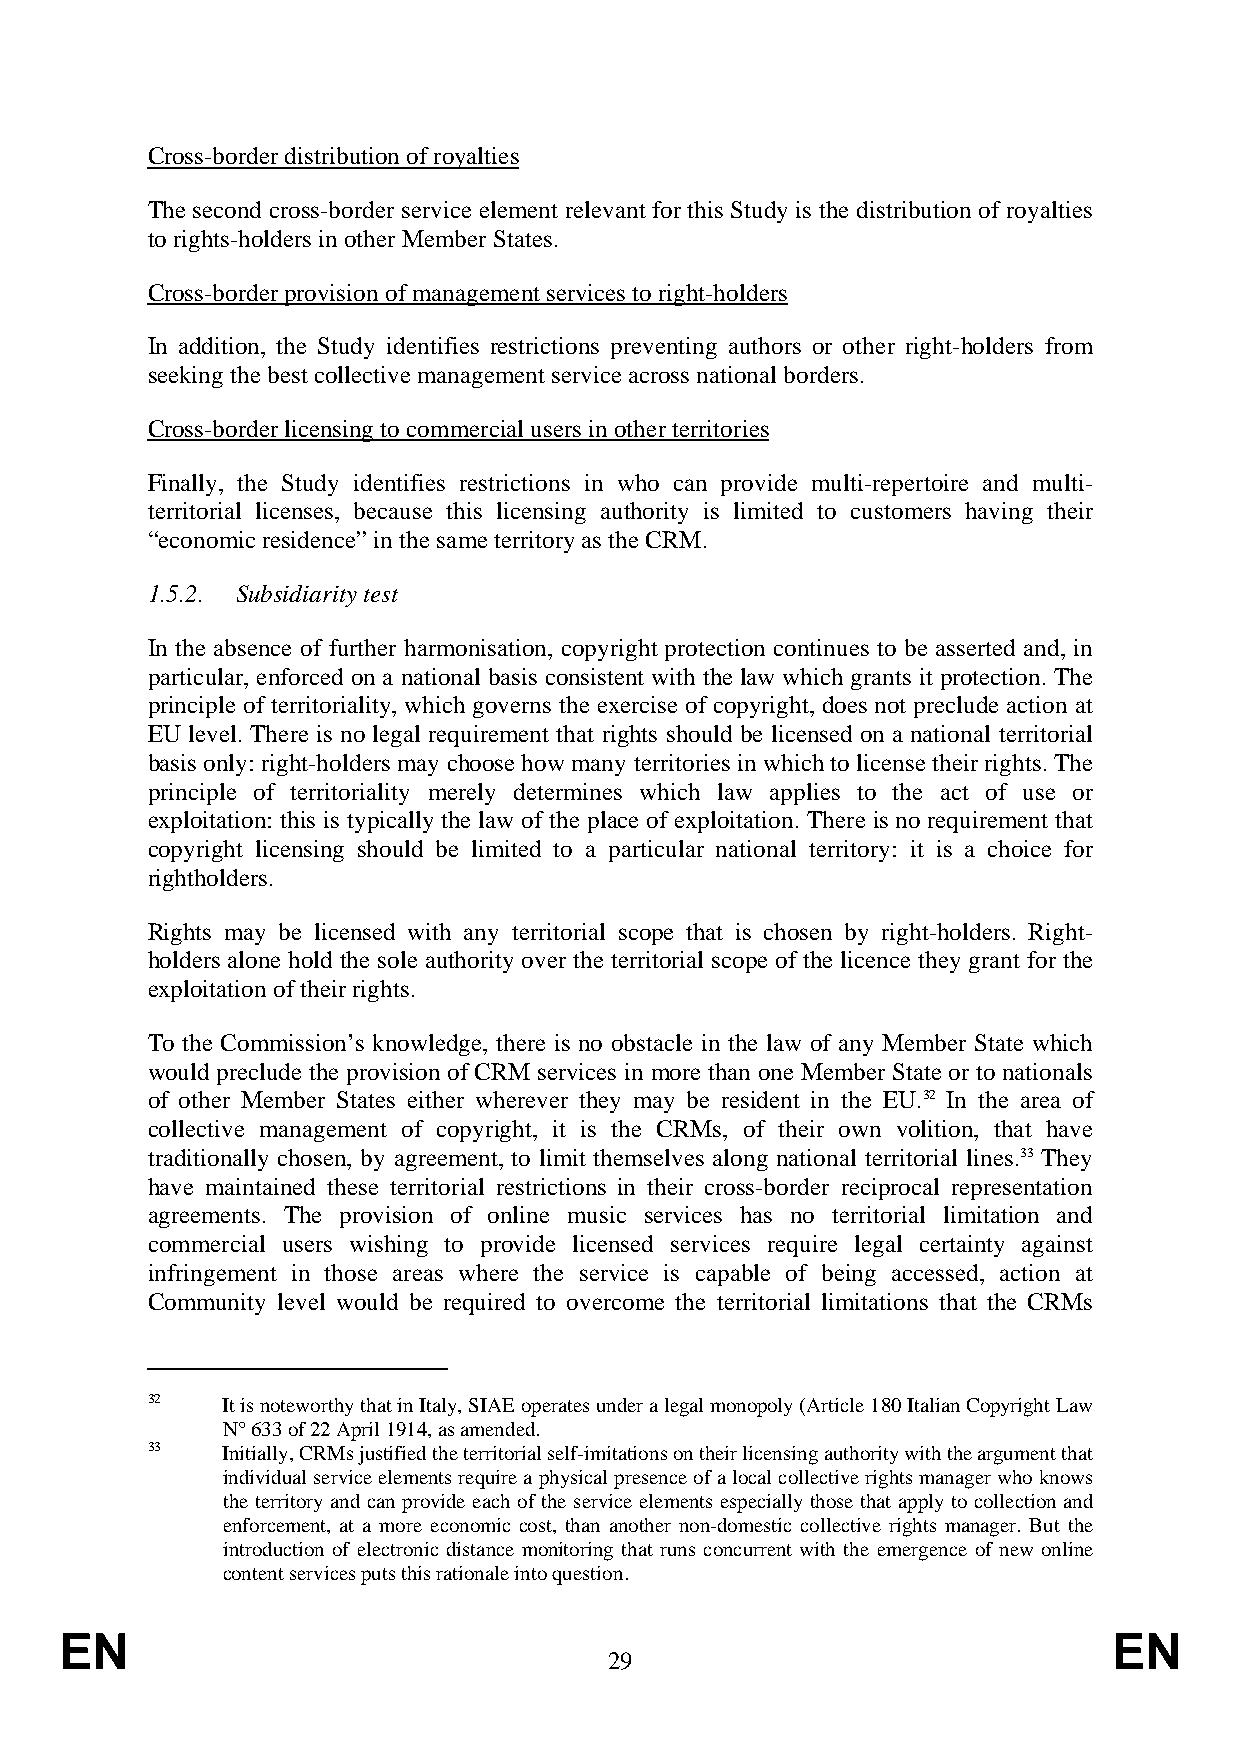
Cross-border distribution of royalties
 The second cross-border service element relevant for this Study is the distribution of royalties
 to rights-holders in other Member States.
 Cross-border provision of management services to right-holders
 In addition, the Study identifies restrictions preventing authors or other right-holders from
 seeking the best collective management service across national borders.
 Cross-border licensing to commercial users in other territories
 Finally, the Study identifies restrictions in who can provide multi-repertoire and multi-
 territorial licenses, because this licensing authority is limited to customers having their
 “economic residence” in the same territory as the CRM.
 1.5.2. Subsidiarity test
 In the absence of further harmonisation, copyright protection continues to be asserted and, in
 particular, enforced on a national basis consistent with the law which grants it protection. The
 principle of territoriality, which governs the exercise of copyright, does not preclude action at
 EU level. There is no legal requirement that rights should be licensed on a national territorial
 basis only: right-holders may choose how many territories in which to license their rights. The
 principle of territoriality merely determines which law applies to the act of use or
 exploitation: this is typically the law of the place of exploitation. There is no requirement that
 copyright licensing should be limited to a particular national territory: it is a choice for
 rightholders.
 Rights may be licensed with any territorial scope that is chosen by right-holders. Right-
 holders alone hold the sole authority over the territorial scope of the licence they grant for the
 exploitation of their rights.
 To the Commission’s knowledge, there is no obstacle in the law of any Member State which
 would preclude the provision of CRM services in more than one Member State or to nationals
 of other Member States either wherever they may be resident in the EU.32 In the area of
 collective management of copyright, it is the CRMs, of their own volition, that have
 traditionally chosen, by agreement, to limit themselves along national territorial lines.33 They
 have maintained these territorial restrictions in their cross-border reciprocal representation
 agreements. The provision of online music services has no territorial limitation and
 commercial users wishing to provide licensed services require legal certainty against
 infringement in those areas where the service is capable of being accessed, action at
 Community level would be required to overcome the territorial limitations that the CRMs
 32   It is noteworthy that in Italy, SIAE operates under a legal monopoly (Article 180 Italian Copyright Law
 N° 633 of 22 April 1914, as amended.
 33   Initially, CRMs justified the territorial self-imitations on their licensing authority with the argument that
 individual service elements require a physical presence of a local collective rights manager who knows
 the territory and can provide each of the service elements especially those that apply to collection and
 enforcement, at a more economic cost, than another non-domestic collective rights manager. But the
 introduction of electronic distance monitoring that runs concurrent with the emergence of new online
 content services puts this rationale into question.
 EN                                                                    EN
 29